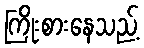
ကြိုးစားနေသည့်